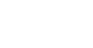
ပါ-၂၇၁။